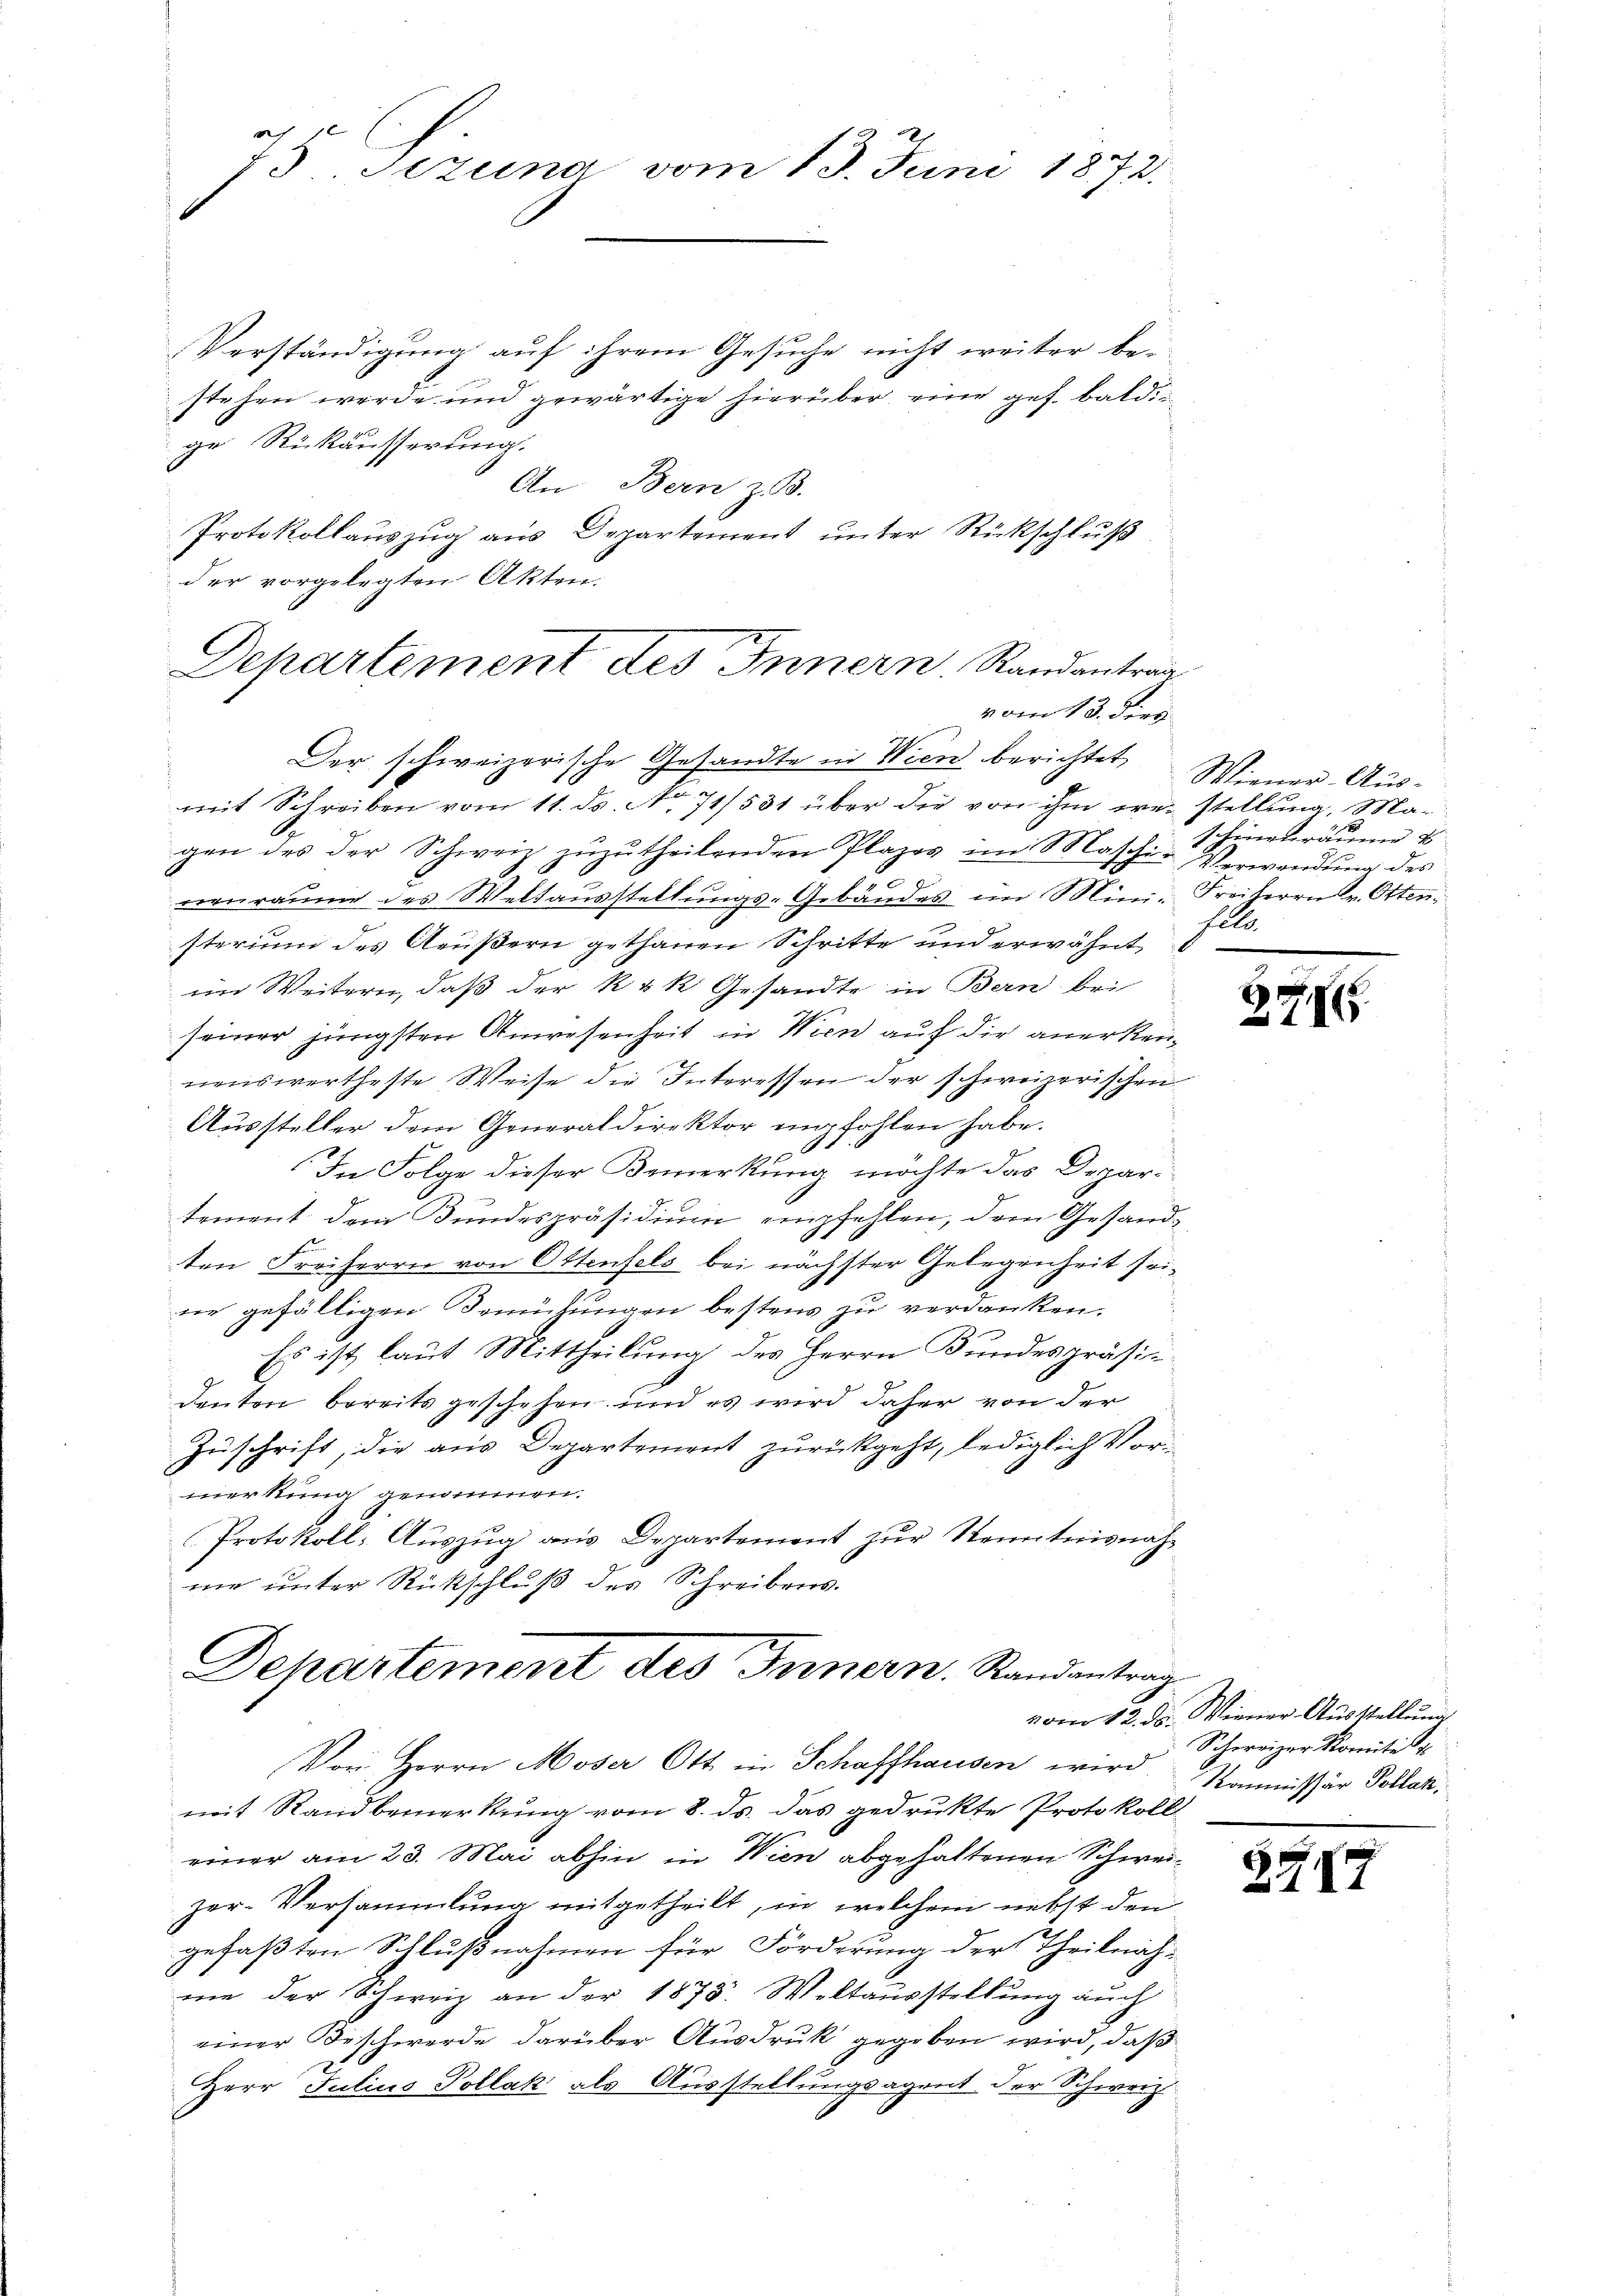
75 Jezung vom 13. Juni 1873.

Verständigung auf ihrem Gesuche nicht weiter be-
stehen werde und gewärtige hierüber eine ges. baldig
ge Rückäusserung.
An Bern z. B.
Protokollauszug aus Departement unter Rückschluß
der vorgelegten Akten.
Der schweizerische Gesandte in Wien berichtet,
mit Schreiben vom 11. ds. No. 71/531 über die von ihm westellung, Ma-
gen des der Schweiz zuzutheilenden Plazes im Maschi- Verwendung des
600
renraume des Weltausstellungs-Gebäudes im Mini- Freiherrn Pr. Otten,
sterium des Aeußern gethanen Schritte und erwähnt,
im Weitern, daß der k.k. Gesandte in Bern bei
seiner jüngsten Anwesenheit in Wien auf die anerkennenswertheste Weise die Interessen der schweizerischen
Aussteller dem Generaldirektor empfohlen habe.
In Folge dieser Bemerkung möchte das Depar-
tement dem Bundespräsidium empfehlen, dem Gesandten Freiherrn von Ottenfels bei nächster Gelegenheit seine gefälligen Bemühungen bestens zu verdanken.
Es ist laut Mittheilung des Herrn Bundespräsidenten bereits geschehen und es wird daher von der
Zuschrift, die aus Departement zurückgeht, lediglich Vormerkung genommen.
Protokoll: Auszug aus Departement zur Kenntnisnahme unter Rückschluß des Schreibens.
Departement des Innern. Randantrag

Departement des Innern. Randantrag
vom 13. dies

Von, Herrn Moser Ott in Schaffhausen wird Kommissär Vollen.
mit Rand bemerkung vom 8. ds. das gedrukte Protokoll
einer am 23. Mai abhin in Wien abgehaltenen Schweizer-Versammlung mitgetheilt, in welchem nebst den
gefaßten Schlußnahmen für Förderung der Theilnah-
me der Schweiz an der 1875. Weltausstellung auch
einer Beschwerde darüber Ausdruk gegeben wird, daß
Herr Julius Pollak als Ausstellungsagent der Schweiz.

Wiener Aus-
schinenräume u.
Felle

356.

vom 12. ds. Wiener Ausstellung
Schweizer Komite

2472